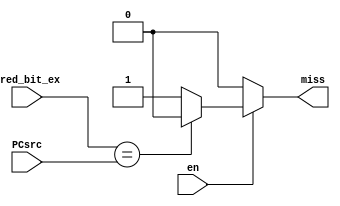
module compare (en, pred_bit_ex, PCsrc,
                miss);
        input en ;
        input pred_bit_ex;
        input PCsrc;

        output reg miss;

        always @(*) begin
           if(en == 1'b0)  begin
               miss <= 1'b0;
           end else begin
               if(pred_bit_ex == PCsrc) begin
                   miss <= 1'b0;
               end else begin
                   miss <= 1'b1;
               end
           end
        end
endmodule